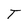
Character: T